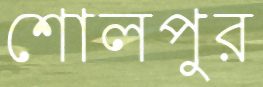
শোলপুর